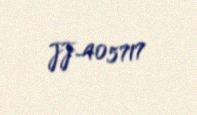
JJ-405717